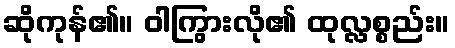
ဆိုကုန်၏။ ဝါကြွားလို၏ ထုလ္လစ္စည်း။